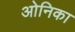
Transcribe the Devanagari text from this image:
ओनिका